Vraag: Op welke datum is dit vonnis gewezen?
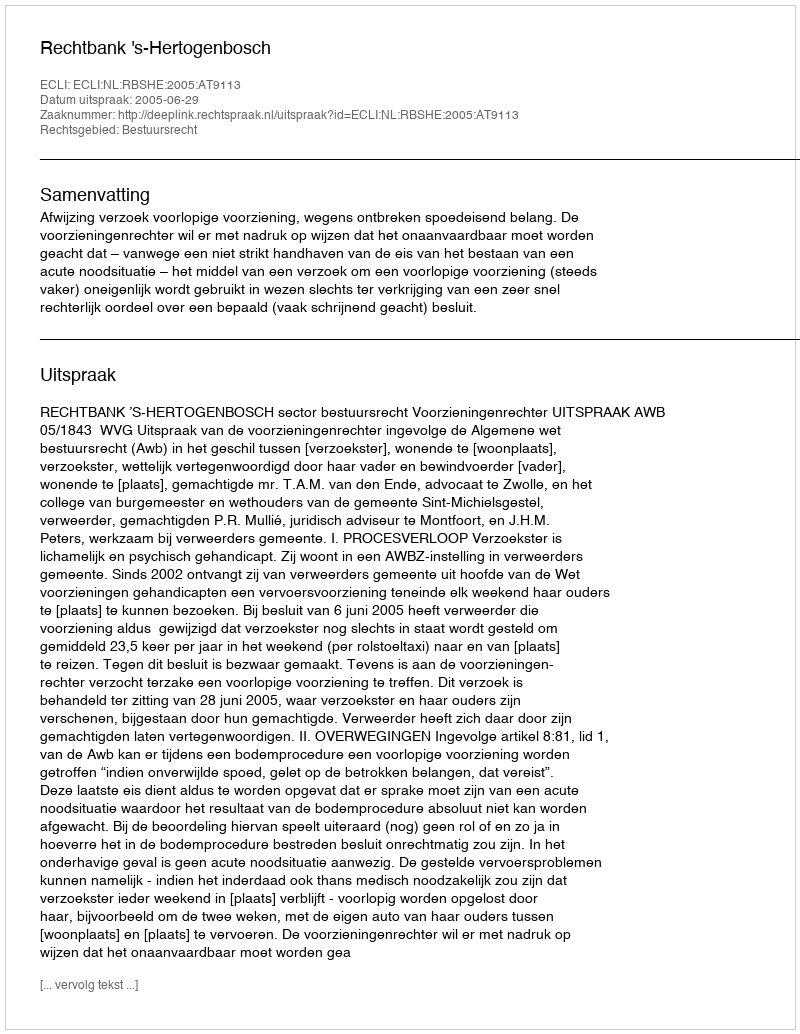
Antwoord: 2005-06-29